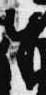
奉